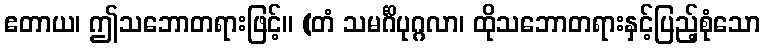
ဧတာယ၊ ဤသဘောတရားဖြင့်။ (တံ သမင်္ဂိပုဂ္ဂလာ၊ ထိုသဘောတရားနှင့်ပြည့်စုံသော